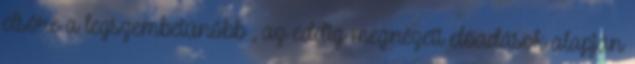
elsőre a legszembetűnőbb , az eddig megnézett előadások alapján